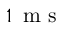
1 \, \textrm { m s }